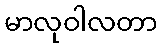
မာလုဝါလတာ